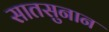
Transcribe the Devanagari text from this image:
सातसुनान